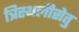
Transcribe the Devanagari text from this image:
त्रिस्थलीसेतु